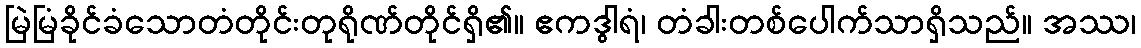
မြဲမြံခိုင်ခံသောတံတိုင်းတုရိုဏ်တိုင်ရှိ၏။ ဧကဒွါရံ၊ တံခါးတစ်ပေါက်သာရှိသည်။ အဿ၊